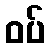
ဝပ်